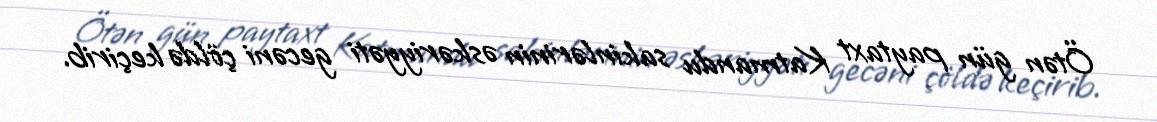
Ötən gün paytaxt Katmandu sakinlərinin əskəriyyəti gecəni çöldə keçirib.